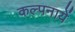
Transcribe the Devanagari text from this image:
कल्पनायें